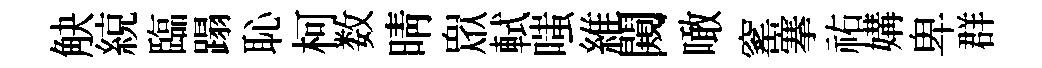
觖綂臨蹋恥柯数晴衆軾嗤維闚噉窰搴祐媾卑群